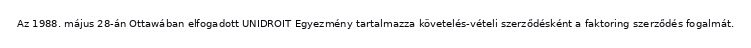
Az 1988. május 28-án Ottawában elfogadott UNIDROIT Egyezmény tartalmazza követelés-vételi szerződésként a faktoring szerződés fogalmát.